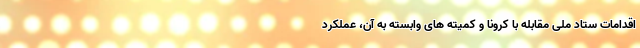
اقدامات ستاد ملی مقابله با کرونا و کمیته های وابسته به آن، عملکرد